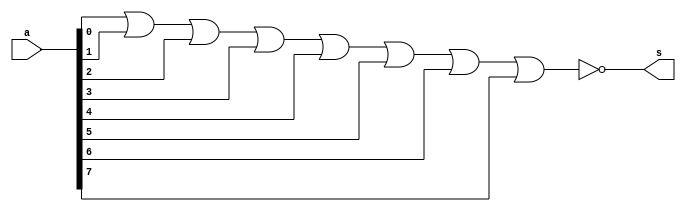
// ------------------------- 
// Exemplo0016 - nor 
// Nome: Thauan Velasco
// ------------------------- 

// --------------------- 
// -- nor gate 
// --------------------- 
	module batata (output s, input [7:0] a); 
	nor NOR1 (s, a[0], a[1], a[2], a[3], a[4], a[5], a[6], a[7]);	
	endmodule // nor

// --------------------- 
// -- teste
// --------------------- 

	module test; 

// ------------------------- dados locais 
	reg [7:0]a;
	wire s;
	batata BAT (s, a);

	

// ------------------------- preparacao 
	initial begin:start 
	a = 8'b00000000;

 
end
// ------------------------- parte principal 
	initial begin:main 
	$display("Exemplo0016 - Thauan Velasco - 439995"); 
	$display("Questo 11 - NOR"); 
	#1	a = 8'b00000000;
	#1 $display("%8b = %b", a, s);
end


endmodule // testbatata